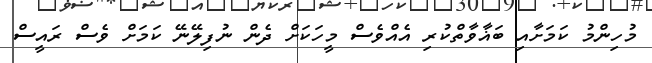
މުހިންމު ކަމަށާއި ބަޣާވާތްކުރި އެއްވެސް މީހަކަށް ދެން ނުފިލޭނޭ ކަމަށް ވެސް ރައީސް